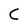
Character: C